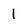
Character: 1